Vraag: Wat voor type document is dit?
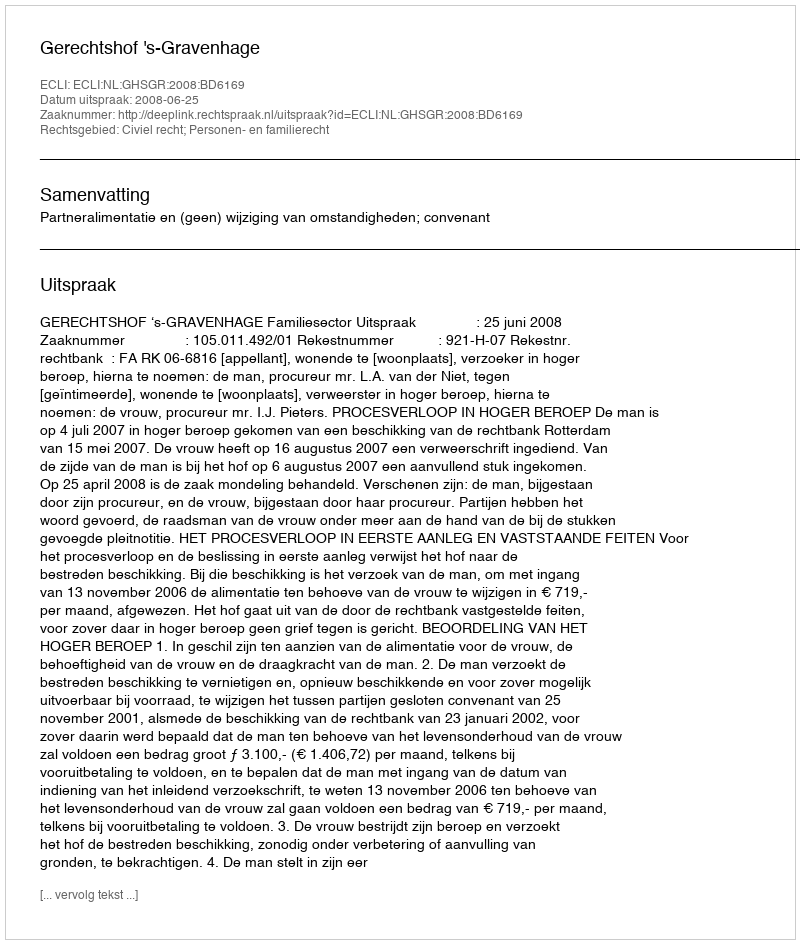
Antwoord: Uitspraak